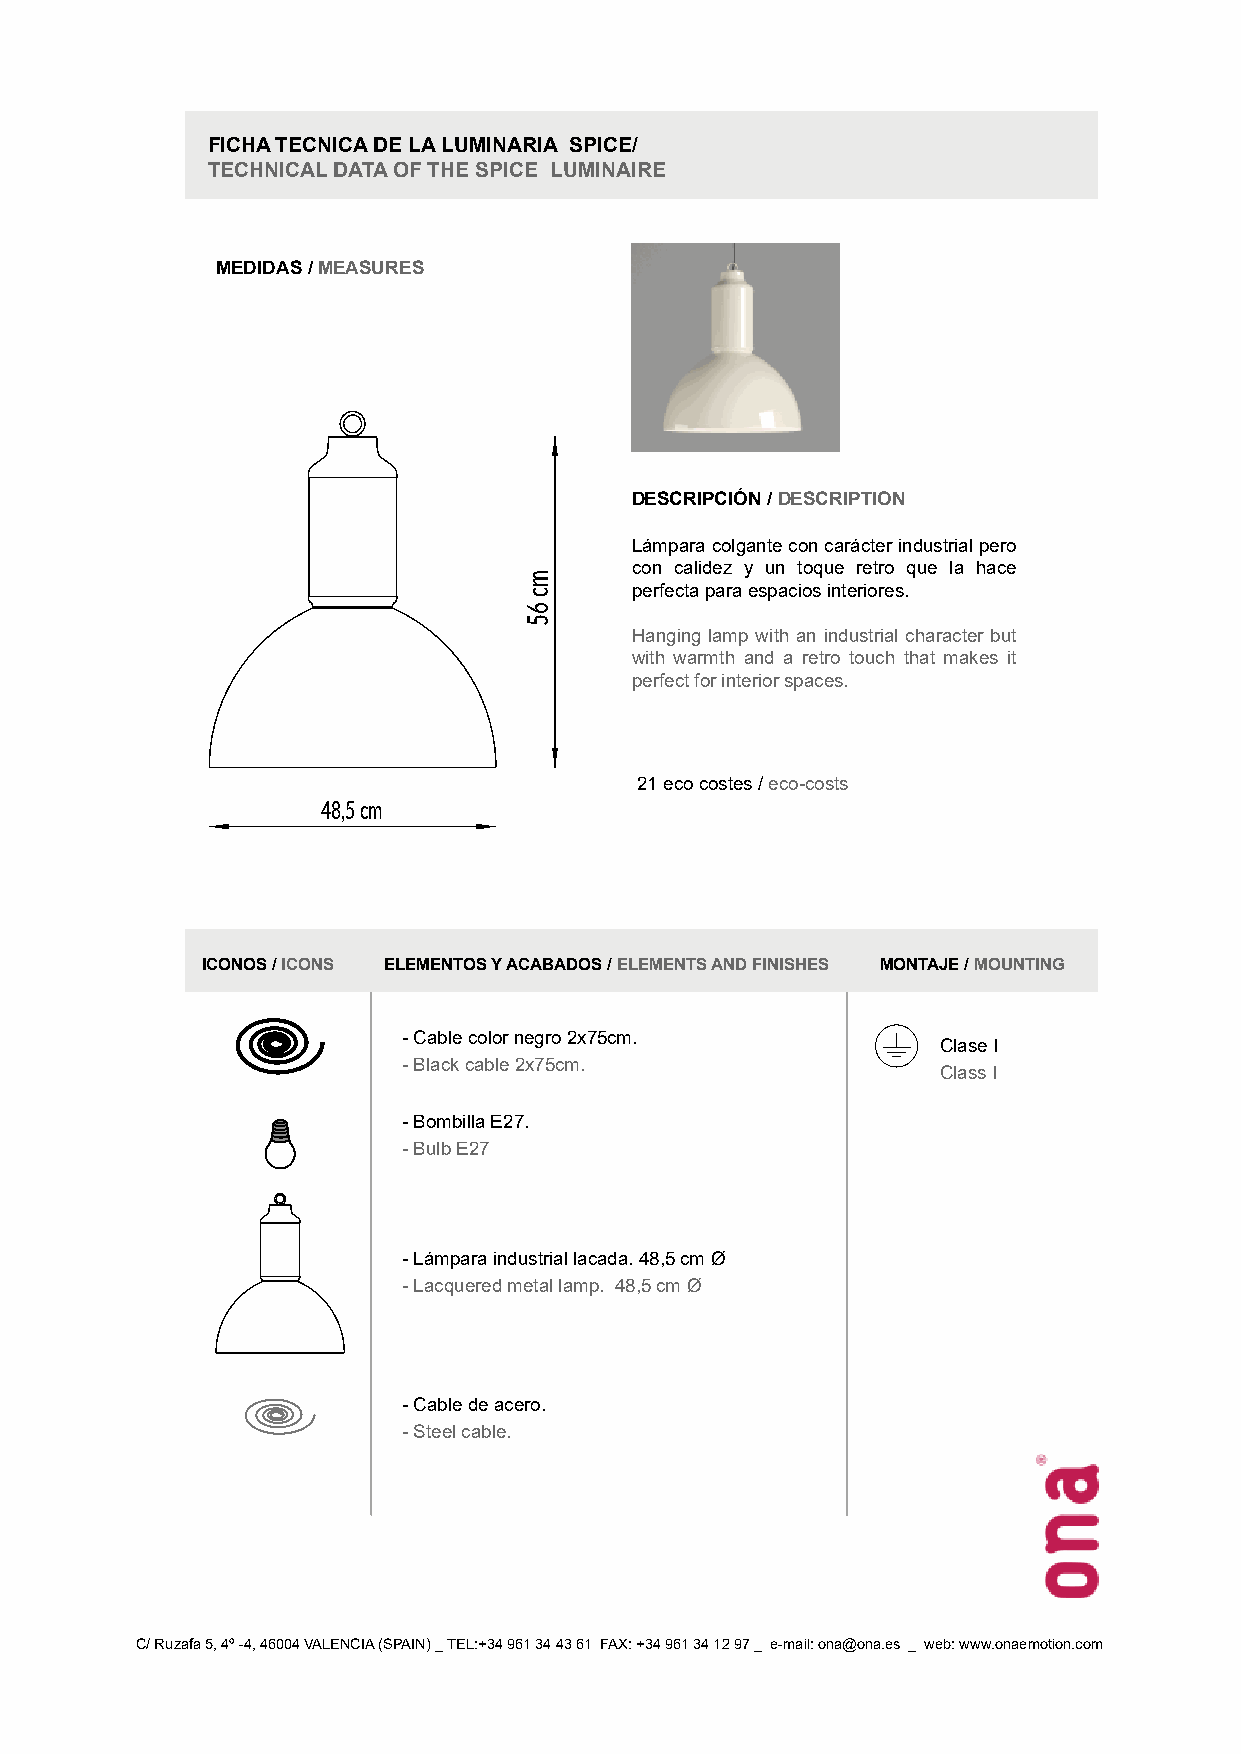
FICHA TECNICA DE LA LUMINARIA SPICE/
 TECHNICAL DATA OF THE SPICE LUMINAIRE
 MEDIDAS / MEASURES
 DESCRIPCIÓN / DESCRIPTION
 Lámpara colgante con carácter industrial pero
 con calidez y un toque retro que la hace
 perfecta para espacios interiores.
 Hanging lamp with an industrial character but
 with warmth and a retro touch that makes it
 perfect for interior spaces.
 21 eco costes / eco-costs
 48,5 cm
 ICONOS / ICONS ELEMENTOS Y ACABADOS / ELEMENTS AND FINISHES MONTAJE / MOUNTING
 - Cable color negro 2x75cm.
 Clase I
 - Black cable 2x75cm.
 Class I
 - Bombilla E27.
 - Bulb E27
 - Lámpara industrial lacada. 48,5 cm Ø
 - Lacquered metal lamp. 48,5 cm Ø
 - Cable de acero.
 - Steel cable.
 C/ Ruzafa 5, 4º -4, 46004 VALENCIA (SPAIN) _ TEL:+34 961 34 43 61 FAX: +34 961 34 12 97 _ e-mail: ona@ona.es _ web: www.onaemotion.com
 mc
 65